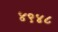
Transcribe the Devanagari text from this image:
४९४८